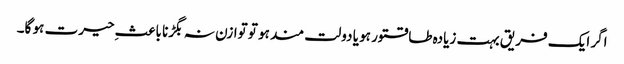
اگر ایک فریق بہت زیادہ طاقتور ہو یا دولت مند ہو تو توازن نہ بگڑنا باعثِ حیرت ہو گا۔